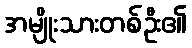
အမျိုးသားတစ်ဦး၏